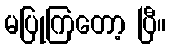
မပြုကြတော့ ပြီ။